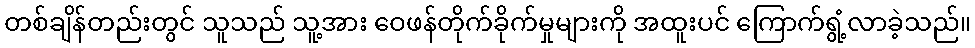
တစ်ချိန်တည်းတွင် သူသည် သူ့အား ဝေဖန်တိုက်ခိုက်မှုများကို အထူးပင် ကြောက်ရွံ့လာခဲ့သည်။